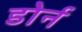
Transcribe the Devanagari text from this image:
डोर्न